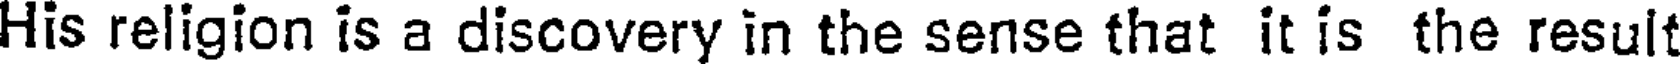
His religion is a discovery in the sense that it is the result